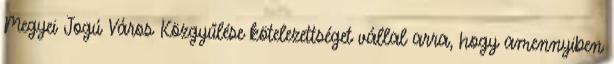
Megyei Jogú Város Közgyűlése kötelezettséget vállal arra, hogy amennyiben